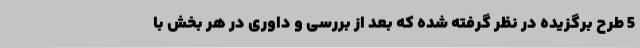
5 طرح برگزیده در نظر گرفته شده که بعد از بررسی و داوری در هر بخش با